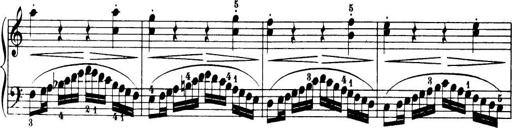
Title: 32 Sonatinas and Rondos for the Piano
Composer: Richard Kleinmichel